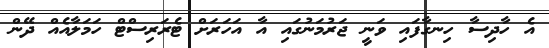
އެ ހާދިސާ ހިނގާފައި ވަނީ ޖަރުމަނުގައި އާ އަހަރަށް ޓެރަރިސްޓް ހަމަލާއެއް ދޭން